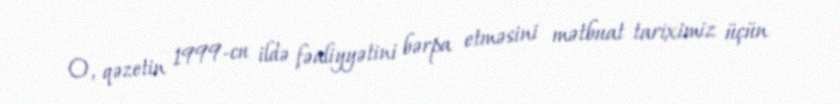
O, qəzetin 1999-cu ildə fəaliyyətini bərpa etməsini mətbuat tariximiz üçün